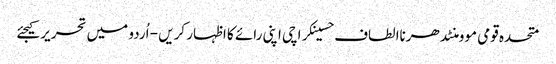
متحدہ قومی موومنٹدھرناالطاف حسینکراچی اپنی رائے کا اظہار کریں - اُردو میں تحریر کیجئے